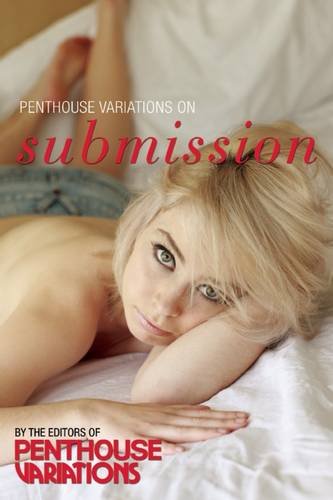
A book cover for Penthouse Variations on Submission; Penthouse Variations; Romance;